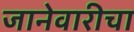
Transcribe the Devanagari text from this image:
जानेवारीचा